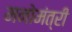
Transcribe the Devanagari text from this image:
मनोमंत्री